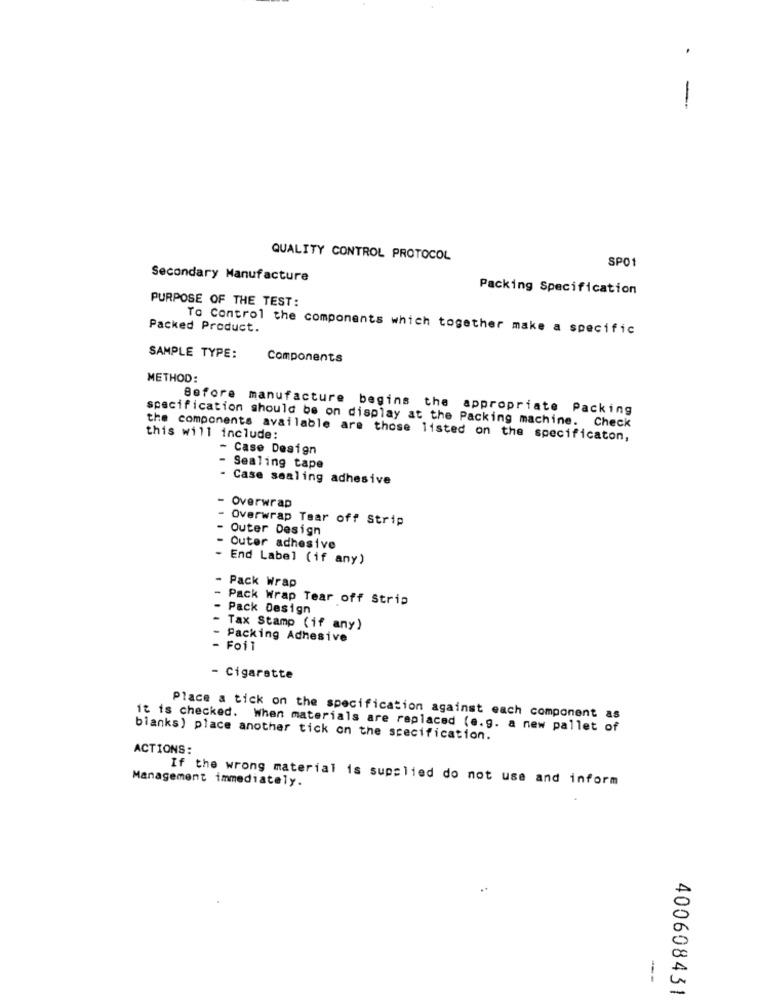
-
QUALITY CONTROL PROTOCOL
SPO1
Secondary Manufacture
Packing Specification
PURPOSE OF THE TEST:
Packed Product.
To Control the components which together make a specific
SAMPLE TYPE:
Components
METHOD:
Before manufacture begins the appropriate Packing
specification should be on display at the Packing machine. Check
this will include:
the components available are those listed on the specificaton,
- Case Design
- Sealing tape
Case sealing adhesive
- Overwrap
- Overwrap Tear off Strip
Outer Design
Outer adhesive
End Label (if any)
Pack Wrap
- Pack Wrap Tear off Strip
- Pack Design
- Tax Stamp (if any)
Packing Adhesive
- Foil
- Cigarette
Place a tick on the specification against each component as
it is checked. When materials are replaced (e.g. a new pallet of
blanks) place another tick on the specification.
ACTIONS:
Management immediately.
If the wrong material is supplied do not use and inform
---
400608431